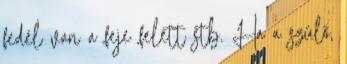
fedél van a feje felett stb. Ha a szülő,